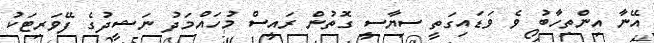
އޭނާ އިންތިހާބު ވެ ވަޑައިގަތީ ސިޔާސީ ގޮތުން ރައީސް މުހައްމަދު ނަޝީދުގެ ފޭވަރިޓަކު